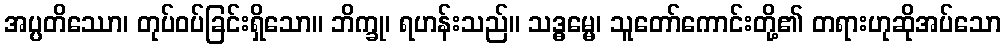
အပ္ပတိဿော၊ တုပ်ဝပ်ခြင်းရှိသော။ ဘိက္ခု၊ ရဟန်းသည်။ သဒ္ဓမ္မေ၊ သူတော်ကောင်းတို့၏ တရားဟုဆိုအပ်သော